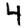
Digit: 4